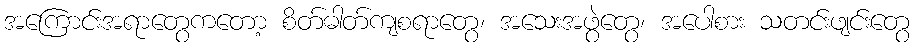
အကြောင်းအရာတွေကတော့ စိတ်ဓါတ်ကျစရာတွေ၊ အသေးအဖွဲတွေ၊ အပေါစား သတင်းဖျင်းတွေ